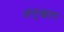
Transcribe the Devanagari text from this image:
अनुस्वारः